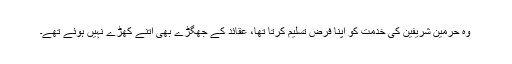
وہ حرمین شریفین کی خدمت کو اپنا فرض تسلیم کرتا تھا، عقائد کے جھگڑے بھی اتنے کھڑے نہیں ہوئے تھے۔